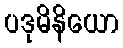
ပဒုမိနိယော